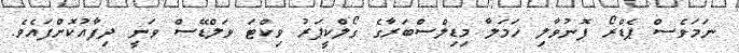
ނަމަވެސް ޕެޑްރޯ ފޮނުވާލި ހަމަލާ މިޑިލްސްބަރާގެ ގޯލްކީޕަރު ވިކްޓަ ވަލްޑޭސް ވަނީ ދިފާއުކޮށްފައެވެ.